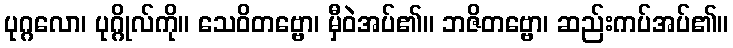
ပုဂ္ဂလော၊ ပုဂ္ဂိုလ်ကို။ သေဝိတဗ္ဗော၊ မှီဝဲအပ်၏။ ဘဇိတဗ္ဗော၊ ဆည်းကပ်အပ်၏။